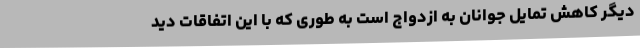
دیگر کاهش تمایل جوانان به ازدواج است به طوری که با این اتفاقات دید